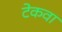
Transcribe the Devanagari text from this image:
टेकवा